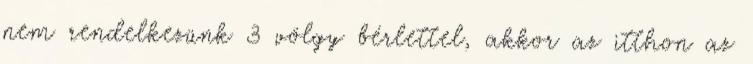
nem rendelkezünk 3 völgy bérlettel, akkor az itthon az